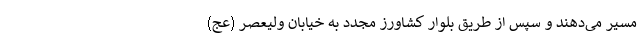
مسیر می‌دهند و سپس از طریق بلوار کشاورز مجدد به خیابان ولیعصر (عج)